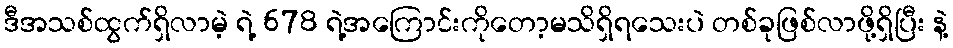
ဒီအသစ်ထွက်ရှိလာမဲ့ ရဲ့ 678 ရဲ့အကြောင်းကိုတော့မသိရှိရသေးပဲ တစ်ခုဖြစ်လာဖို့ရှိပြီး နဲ့